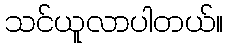
သင်ယူလာပါတယ်။